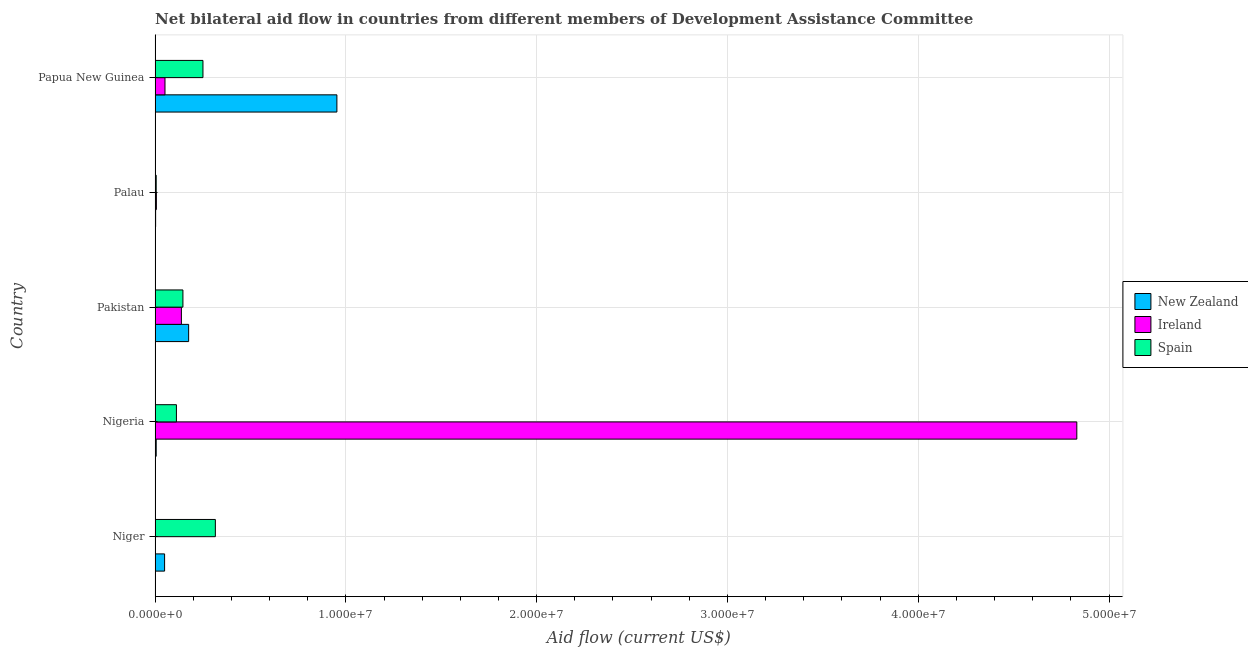
| Country | New Zealand | Ireland | Spain |
 | --- | --- | --- | --- |
 | Niger | 5e+05 | 2e+04 | 3.16e+06 |
 | Nigeria | 6e+04 | 4.83e+07 | 1.12e+06 |
 | Pakistan | 1.76e+06 | 1.38e+06 | 1.46e+06 |
 | Palau | 3e+04 | 7e+04 | 6e+04 |
 | Papua New Guinea | 9.53e+06 | 5.2e+05 | 2.51e+06 |